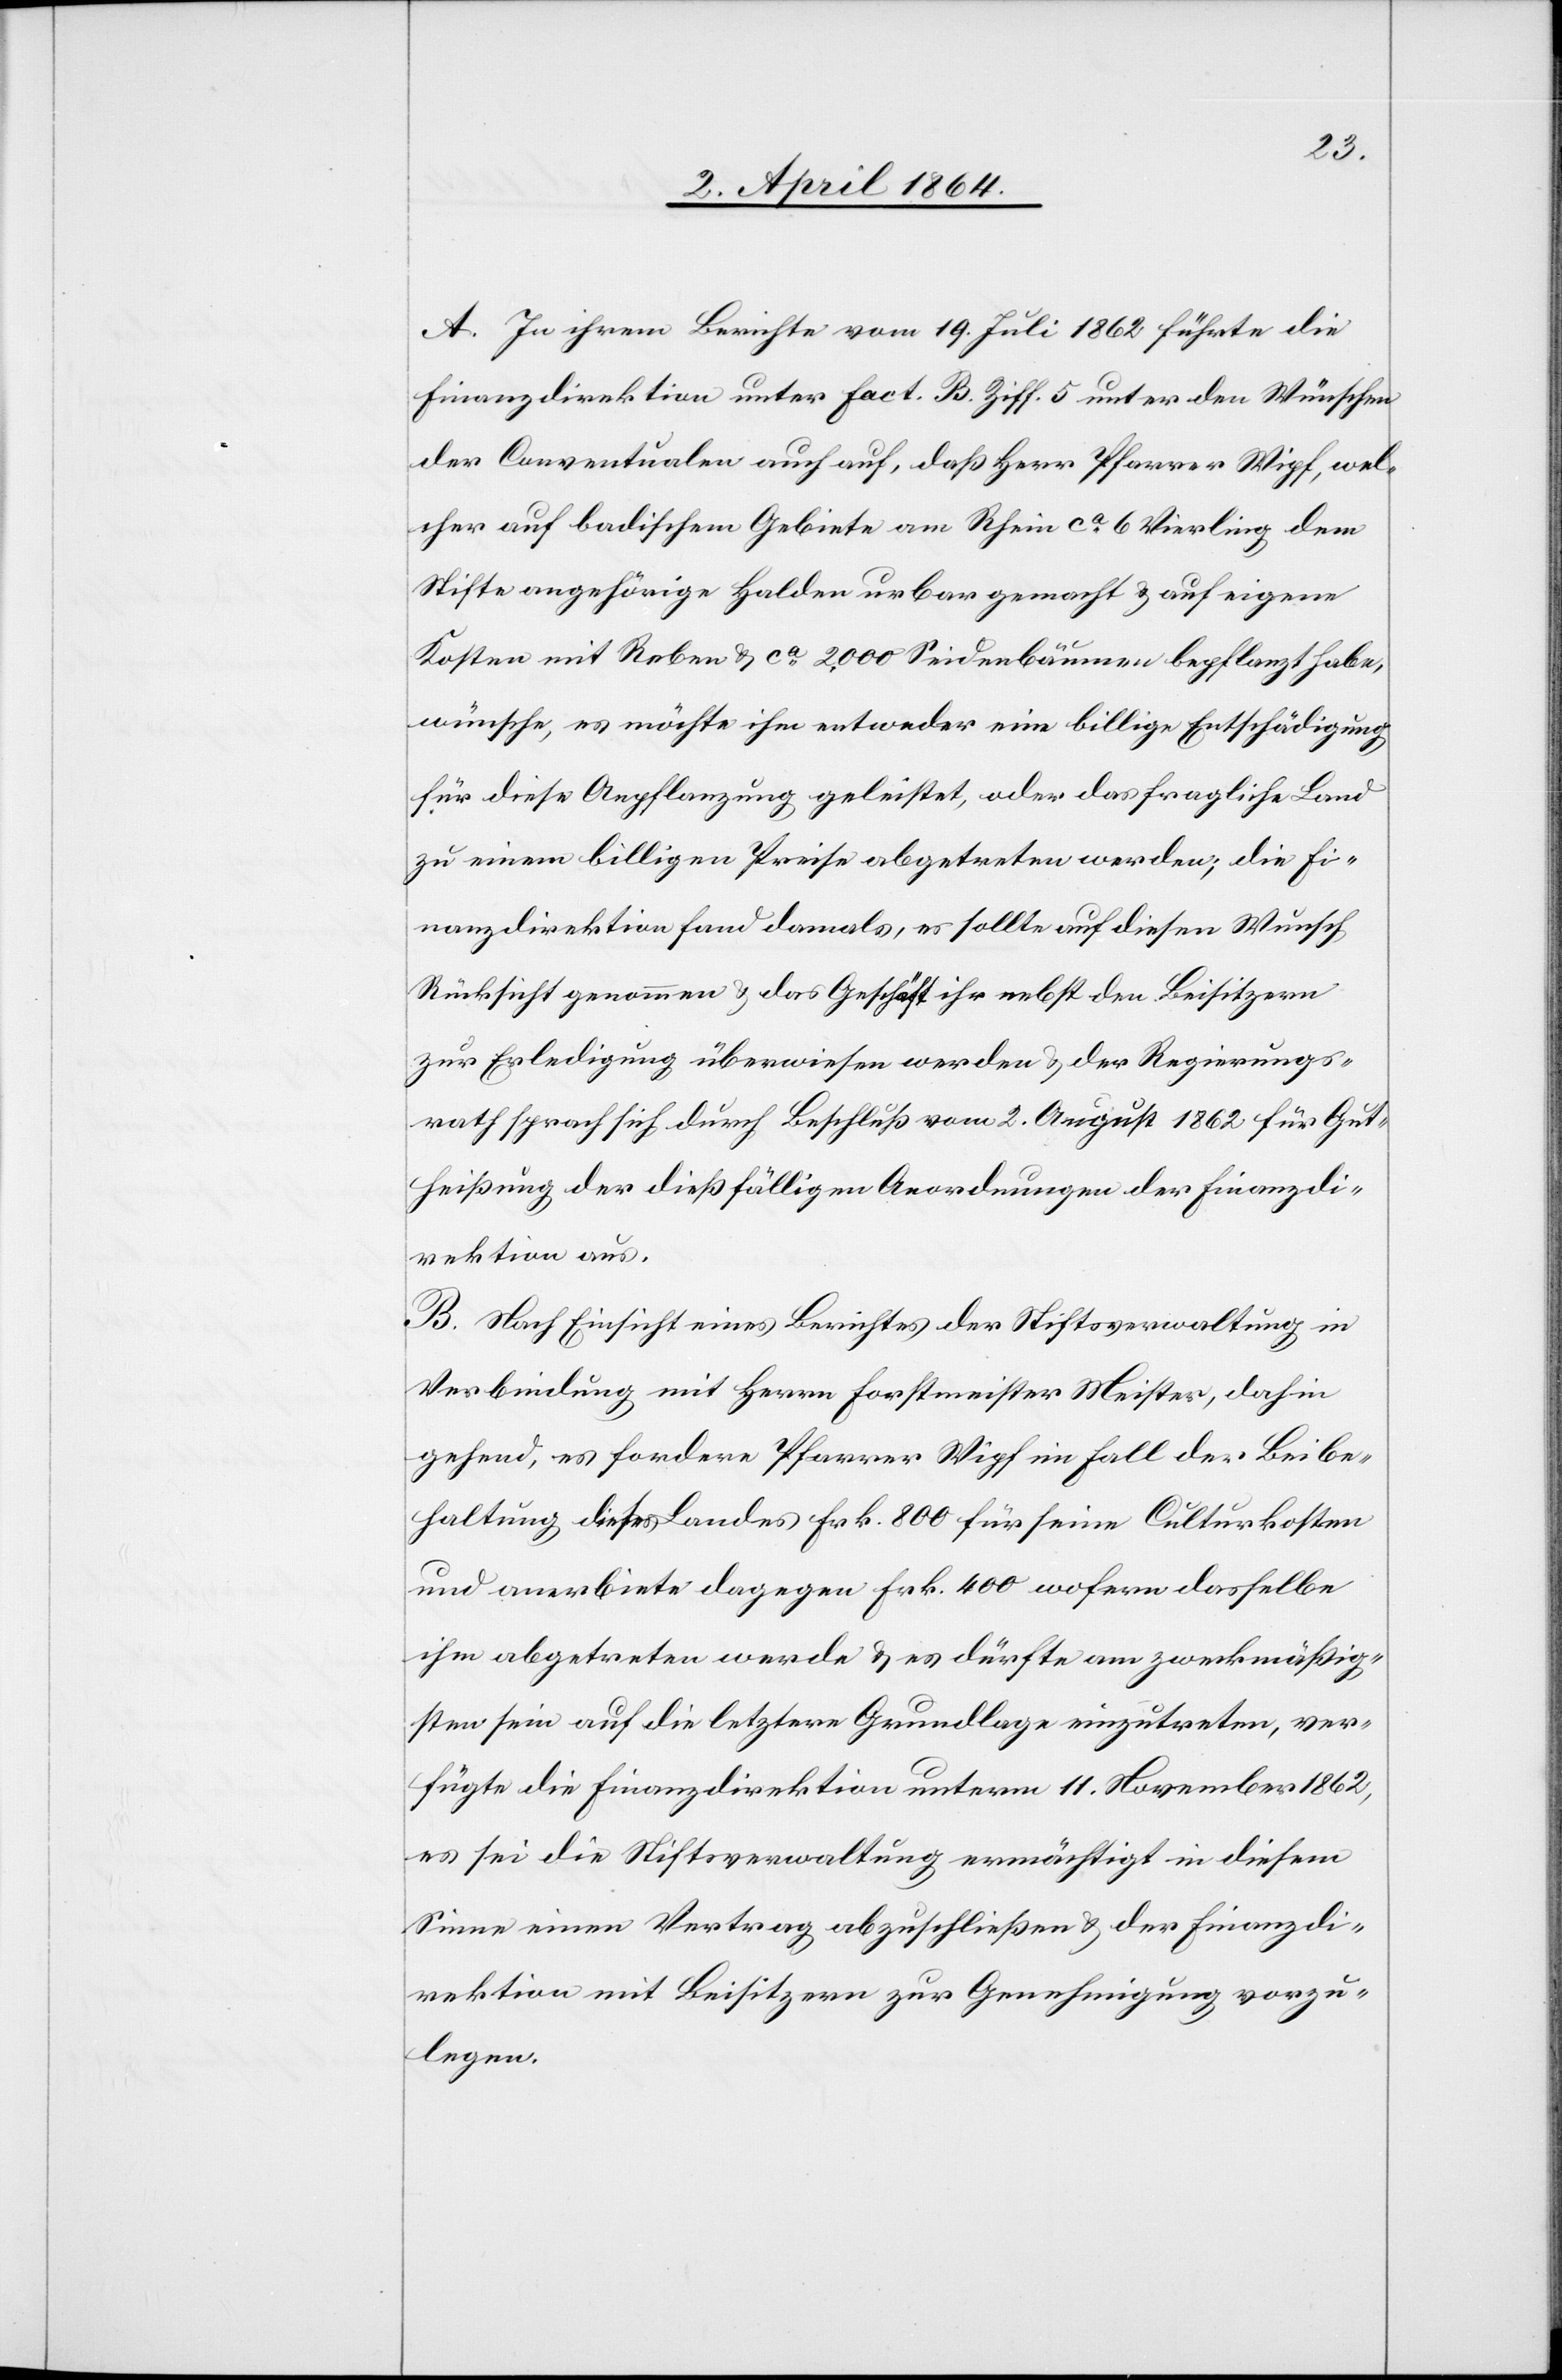
A. In ihrem Berichte vom 19. Juli 1862 führte die
Finanzdirektion unter fact. B. Ziff. 5 unter den Wünschen
der Conventualen auch auf, daß Herr Pfarrer Wipf, wel¬
cher auf badischem Gebiete am Rhein ca 6 Vierling dem
Stifte angehörige Halden urbar gemacht u. auf eigene
Kosten mit Reben u. ca 2000 Seidenbäumen bepflanzt habe,
wünsche, es möchte ihm entweder eine billige Entschädigung
für diese Anpflanzung geleistet, oder das fragliche Land
zu einem billigen Preise abgetreten werden; die Fi¬
nanzdirektion fand damals, es sollte auf diesen Wunsch
Rücksicht genommen u. das Geschäft ihr nebst den Beisitzern
zur Erledigung überwiesen werden u. der Regierungs¬
rath sprach sich durch Beschluß vom 2. August 1862 für Gut¬
heißung der dießfälligen Anordnungen der Finanzdi¬
rektion aus.
B. Nach Einsicht eines Berichtes der Stiftsverwaltung in
Verbindung mit Herrn Forstmeister Meister, dahin
gehend, es fordere Pfarrer Wipf im Fall der Beibe¬
haltung dieses Landes Frk. 800 für seine Cultuskosten
und anerbiete dagegen Frk. 400 wofern dasselbe
ihm abgetreten werde u. es dürfte am zweckmäßig¬
sten sein auf die letztere Grundlage einzutreten, ver¬
fügte die Finanzdirektion unterm 11. November 1862,
es sei die Stiftsverwaltung ermächtigt in diesem
Sinne einen Vertrag abzuschließen u. der Finanzdi¬
rektion mit Beisitzern zur Genehmigung vorzu¬
legen.